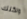
ولكنك